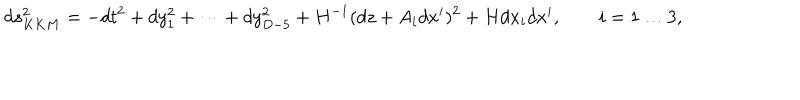
d s _ { K K M } ^ { 2 } = - d t ^ { 2 } + d y _ { 1 } ^ { 2 } + \dots + d y _ { D - 5 } ^ { 2 } + H ^ { - 1 } ( d z + A _ { i } d x ^ { i } ) ^ { 2 } + H d x _ { i } d x ^ { i } , \qquad i = 1 \dots 3 ,